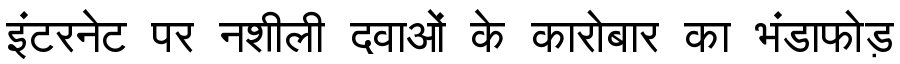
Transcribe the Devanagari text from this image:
इंटरनेट पर नशीली दवाओं के कारोबार का भंडाफोड़